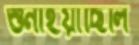
শুনাইয়াছিলি